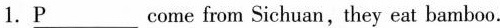
1.\underlineP come from Sichuan, they eat bamboo.